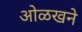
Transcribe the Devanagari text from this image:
ओळखने